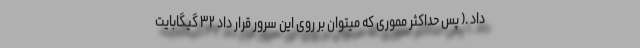
داد .( پس حداکثر مموری که میتوان بر روی این سرور قرار داد ۳۲ گیگابایت